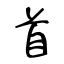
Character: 首